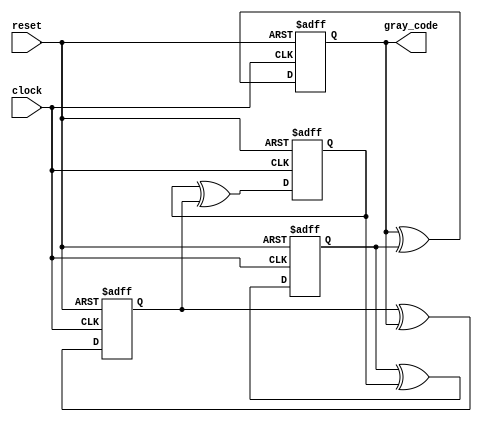
module johnson_gray_counter(
    input clock,
    input reset,
    output reg [3:0] gray_code
);

reg [3:0] q [0:3];
reg [3:0] nq [0:3];

always @(posedge clock or posedge reset) begin
    if (reset) begin
        q[0] <= 0;
        q[1] <= 0;
        q[2] <= 0;
        q[3] <= 0;
    end
    else begin
        q[0] <= nq[0];
        q[1] <= nq[1];
        q[2] <= nq[2];
        q[3] <= nq[3];
    end
end

assign nq[0] = q[0] ^ q[3];
assign nq[1] = q[1] ^ q[0];
assign nq[2] = q[2] ^ q[1];
assign nq[3] = q[3] ^ q[2];

assign gray_code = {q[3], q[2], q[1], q[0]};

endmodule